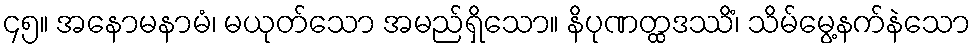
၄၅။ အနောမနာမံ၊ မယုတ်သော အမည်ရှိသော။ နိပုဏတ္ထဒဿိံ၊ သိမ်မွေ့နက်နဲသော